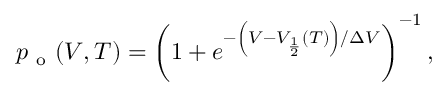
\begin{array} { r } { p _ { \mathrm { ~ o ~ } } ( V , T ) = \left( 1 + e ^ { - \left( V - V _ { \frac { 1 } { 2 } } ( T ) \right) / \Delta V } \right) ^ { - 1 } , } \end{array}